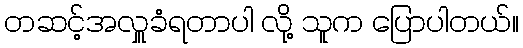
တဆင့်အလှူခံရတာပါ လို့ သူက ပြောပါတယ်။